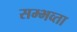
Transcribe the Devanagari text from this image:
सम्भव्ता